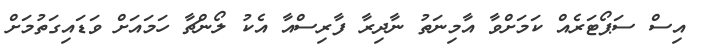
އިސް ސަޕޯޓަރެއް ކަމަށްވާ އާމިނަތު ނާދިރާ ފާރިސްއާ އެކު ލޯންޗާ ހަމައަށް ވަޑައިގަތުމަށް